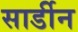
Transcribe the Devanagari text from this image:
सार्डीन